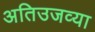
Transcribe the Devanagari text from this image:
अतिउजव्या